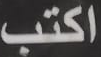
اكتب